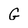
Character: G